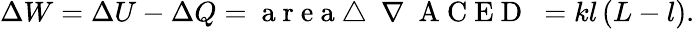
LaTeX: \Delta W=\Delta U-\Delta Q=\mathrm{~a~r~e~a~\triangle~\! ~\! ~\! ~\nabla~{~A~C~E~D~}~}=kl\left(L-l\right).